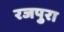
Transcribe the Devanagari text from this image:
रजपुरा